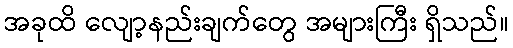
အခုထိ လျော့နည်းချက်တွေ အများကြီး ရှိသည်။